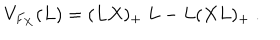
V _ { F _ { X } } ( L ) = ( L X ) _ { + } \ L - L ( X L ) _ { + } \ .